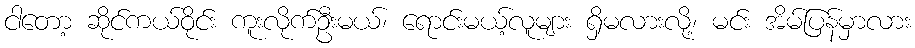
ငါတော့ ဆိုင်ကယ်ဝိုင်း ကူးလိုက်ဦးမယ်၊ ရောင်းမယ့်လူများ ရှိမလားလို့၊ မင်း အိမ်ပြန်မှာလား